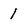
Character: 1